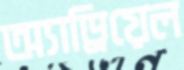
অ্যাড্রিয়েল